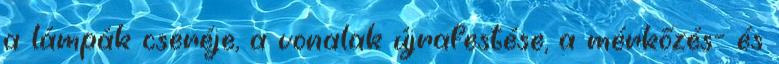
a lámpák cseréje, a vonalak újrafestése, a mérkőzés- és